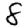
Digit: 8